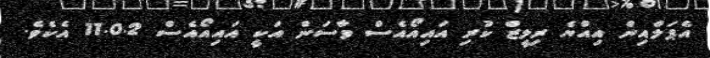
އެޕަލްއިން އިއްޔެ ރިލީޒް ކުރި އައިއޯއެސް ވާސަން އަކީ އައިއޯއެސް 11.0.2 އެކެވެ.